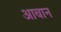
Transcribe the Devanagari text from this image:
आबान